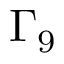
\Gamma _ { 9 }